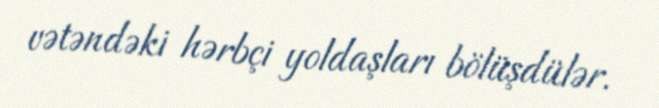
vətəndəki hərbçi yoldaşları bölüşdülər.